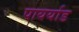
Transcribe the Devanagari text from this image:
पायर्याड